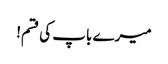
میرے باپ کی قسم!